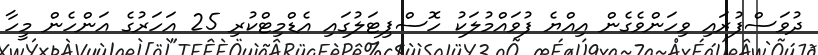
ދުވަސްފުރައި ވިހަންވެގެން އިއްޔެ ފުވައްމުލަކު ހޮސްޕިޓަލުގައި އެޑްމިޓްކުރި 25 އަހަރުގެ އަންހެން މީހާ